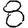
Digit: 8